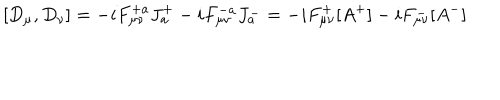
LaTeX: [ D _ { \mu } , D _ { \nu } ] = - i F _ { \mu \nu } ^ { + a } J _ { a } ^ { + } - i F _ { \mu \nu } ^ { - a } J _ { a } ^ { - } = - i F _ { \mu \nu } ^ { + } [ A ^ { + } ] - i F _ { \mu \nu } ^ { - } [ A ^ { - } ]